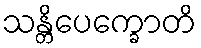
သန္တိပေက္ခောတိ